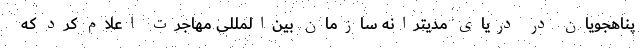
پناهجویان در دریای مدیترانه سازمان بین‌المللی مهاجرت اعلام کرد که